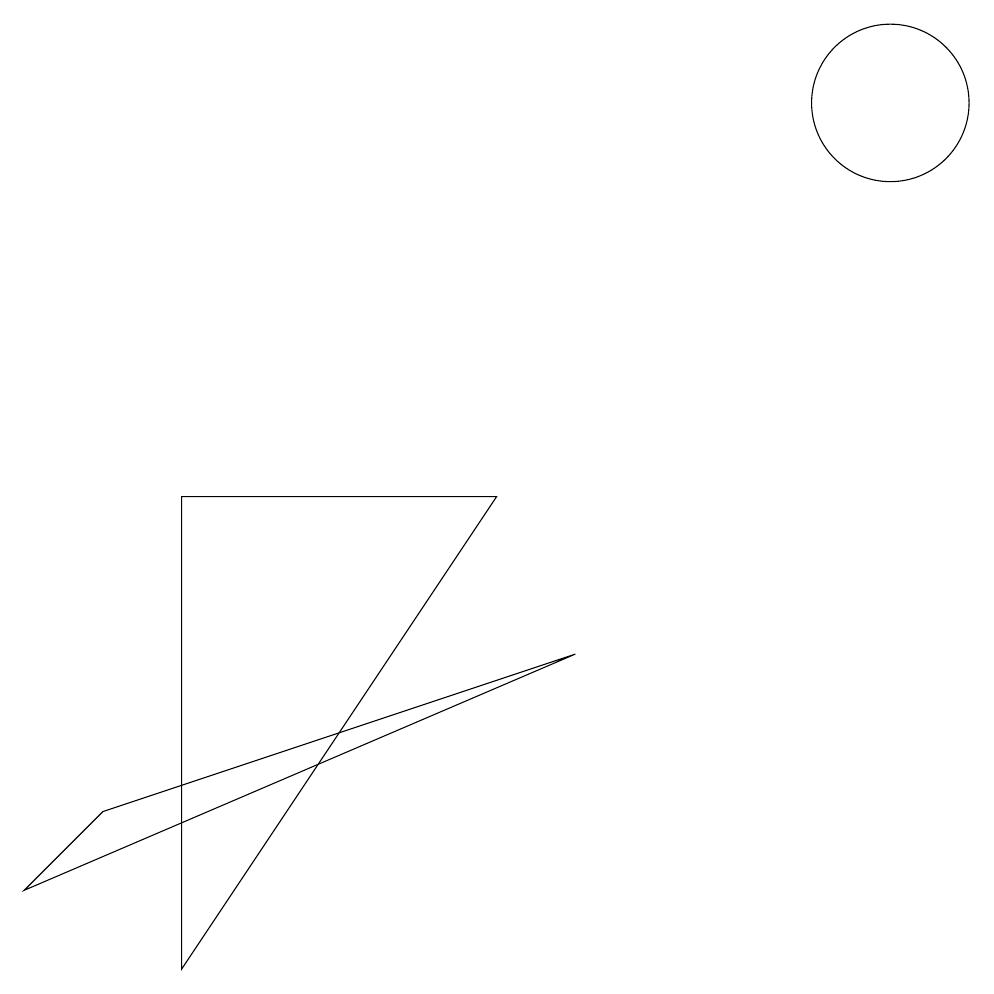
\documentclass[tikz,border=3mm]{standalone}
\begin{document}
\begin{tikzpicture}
\draw (7,6) -- (3,6) -- (3,0) -- cycle;
\draw (1,1) -- (8,4) -- (2,2) -- cycle;
\draw (12,11) circle (1);
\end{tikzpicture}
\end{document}